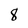
Character: 8